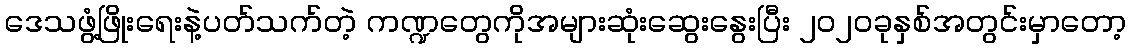
ဒေသဖွံ့ဖြိုးရေးနဲ့ပတ်သက်တဲ့ ကဏ္ဍတွေကိုအများဆုံးဆွေးနွေးပြီး ၂၀၂၀ခုနှစ်အတွင်းမှာတော့